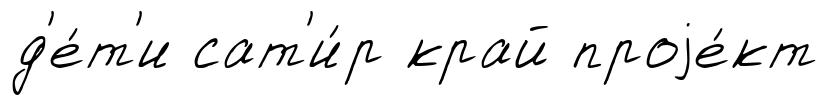
д'е́т'и сат'и́р край проjе́кт